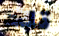
قلت